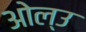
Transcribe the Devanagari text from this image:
ओल्‍उ